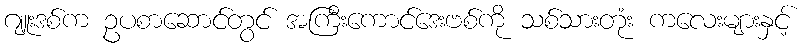
ဂျူးဒစ်က ဥပစာဆောင်တွင် အကြီးကောင်ဒေးဗစ်ကို သစ်သားတုံး ကလေးများနှင့်